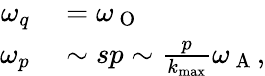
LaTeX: \begin{array}{rl}{\omega_{q}}&{{}=\omega_{\mathrm{~O~}}}\\ {\omega_{p}}&{{}\sim sp\sim\frac{p}{k_{\operatorname*{max}}}\omega_{\mathrm{~A~}},}\end{array}